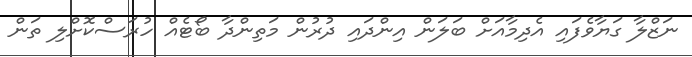
ނަޒްލާ ގަޔާވެފައި އެދިމާއަށް ބަލަން އިންދައި ދުރުން މަތިންދާ ބޯޓެއް ހުރަސްކޮށްލި ތަން